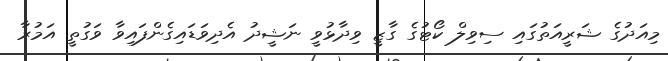
މިއަދުގެ ޝަރީއަތުގައި ސިވިލް ކޯޓުގެ ގާޒީ ވިދާޅުވީ ނަޝީދު އެދިވަޑައިގެންފައިވާ ވަގުތީ އަމުރާ